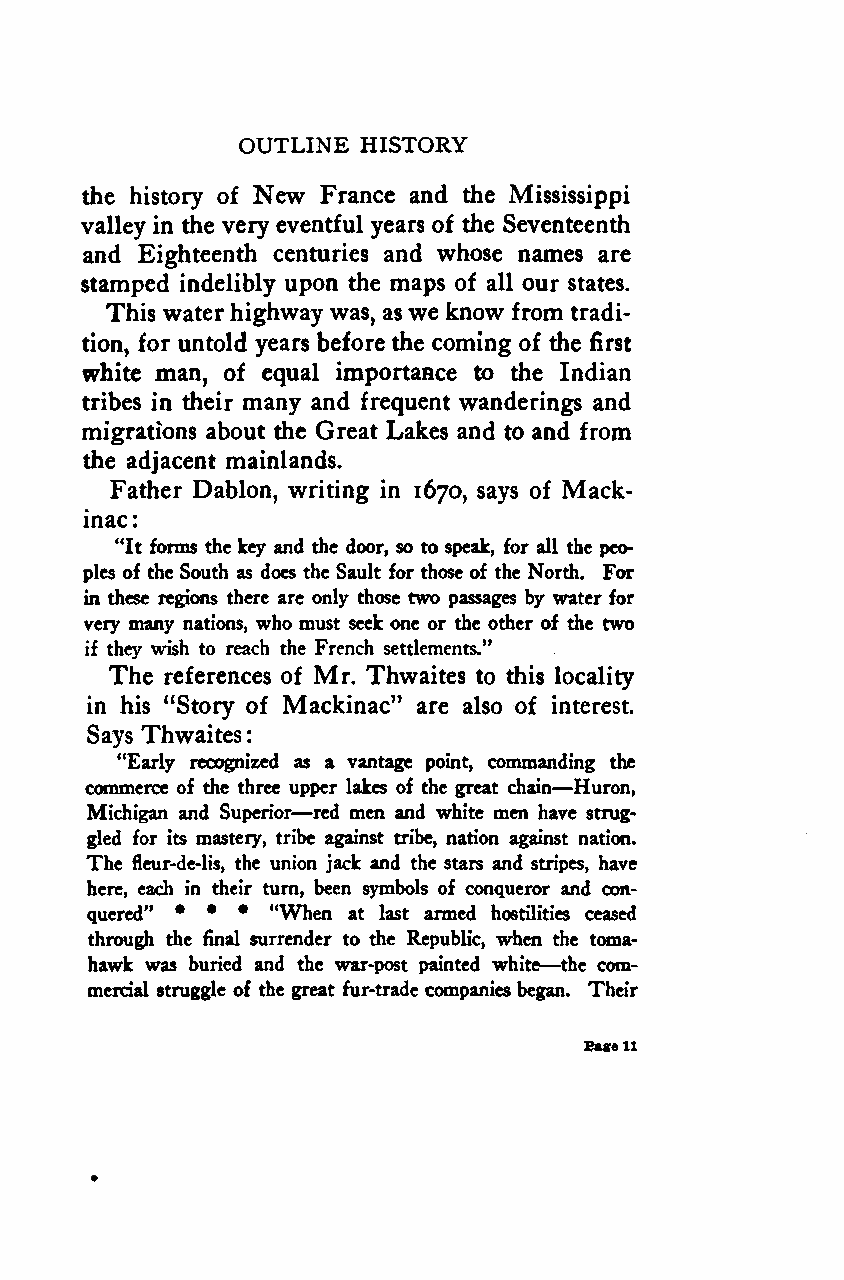
:
 OUTLINE HISTORY
 the history of New France and the Mississippi
 valley in the very eventful years of the Seventeenth
 and Eighteenth centuries and whose names are
 stamped indelibly upon the maps of all our states.
 This waterhighway was, as we know from tradi-
 tion, for untold years before the coming of the first
 white man, of equal importance to the Indian
 tribes in their many and frequent wanderings and
 migrations about the Great Lakes and to and from
 the adjacent mainlands.
 Father Dablon, writing in 1670, says of Mack-
 inac
 :
 "It forms the key and the door, so to speak, for all the peo-
 ples of the South as does the Sault for those of the North. For
 in these regions there are only those two passages by water for
 very many nations, who must seek one or the other of the two
 if they wish to reach the French settlements."
 The references of Mr. Thwaites to this locality
 in his "Story of Mackinac" are also of interest.
 Says Thwaites
 "Early recognized as a vantage point, commanding the
 —
 commerce of the three upper lakes of the great chain Huron,
 —
 Michigan and Superior red men and white men have strug-
 gled for its mastery, tribe against tribe, nation against nation.
 The fleur-de-lis, the union jack and the stars and stripes, have
 here, each in their turn, been symbols of conqueror and con-
 quered" • • • "When at last armed hostilities ceased
 through the final surrender to the Republic, when the toma-
 —
 hawk was buried and the war-post painted white the com-
 mercial struggle of the great fur-trade companiesbegan. Their
 Sage11
 *
 Google
 Digitizedby